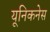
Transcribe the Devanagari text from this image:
यूनिकनेस